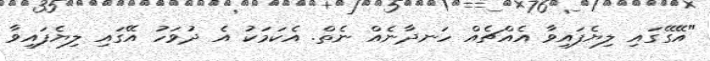
"އޭގޭގައި ލިޔެފައިވާ އެއްޗެއް ހަނދާނެއް ނެތް. އެކަމަކު އެ ދުވަހު އޭގައި ލިޔެފައިވާ